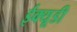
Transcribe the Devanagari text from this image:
ईक्यूडी